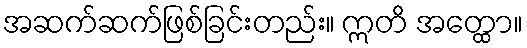
အဆက်ဆက်ဖြစ်ခြင်းတည်း။ ဣတိ အတ္ထော။